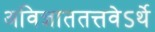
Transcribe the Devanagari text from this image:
अविज्ञाततत्तवेऽर्थे